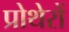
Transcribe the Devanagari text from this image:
प्रोथेरों